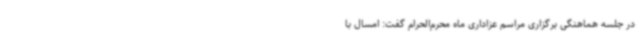
در جلسه هماهنگی برگزاری مراسم عزاداری ماه محرم‌الحرام گفت: امسال با